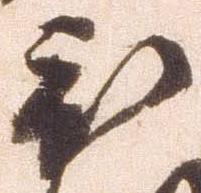
被